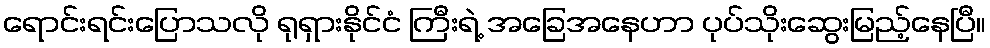
ရောင်းရင်းပြောသလို ရုရှားနိုင်ငံ ကြီးရဲ့ အခြေအနေဟာ ပုပ်သိုးဆွေးမြည့်နေပြီ။